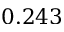
0 . 2 4 3